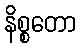
နိစ္စတော